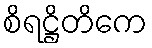
စိရဋ္ဌိတိကေ